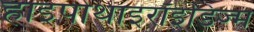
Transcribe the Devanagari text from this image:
हाइपोथाइरॉइडिज्म